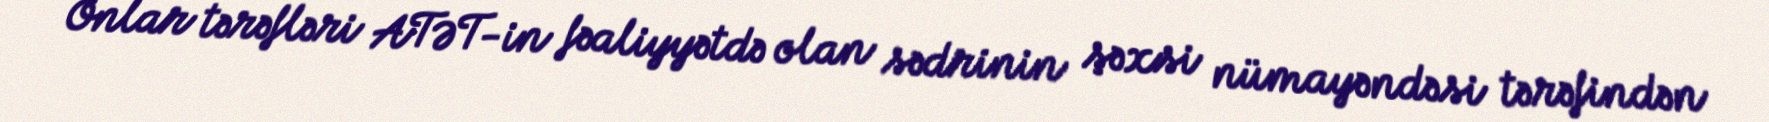
Onlar tərəfləri ATƏT-in fəaliyyətdə olan sədrinin şəxsi nümayəndəsi tərəfindən